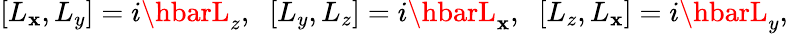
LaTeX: [L_{\mathbf{x}},L_{y}]=i\hbarL_{z},\; \; [L_{y},L_{z}]=i\hbarL_{\mathbf{x}},\; \; [L_{z},L_{\mathbf{x}}]=i\hbarL_{y},